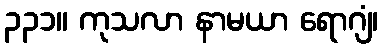
၃၃၁။ ကုသလာ နာမယာ ရောဂျံ၊